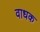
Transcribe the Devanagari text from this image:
वाधक